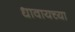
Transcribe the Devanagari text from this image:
धावायच्या